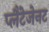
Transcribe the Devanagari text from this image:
प्लैंटेजेनट